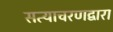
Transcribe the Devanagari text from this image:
सत्याचरणद्वारा